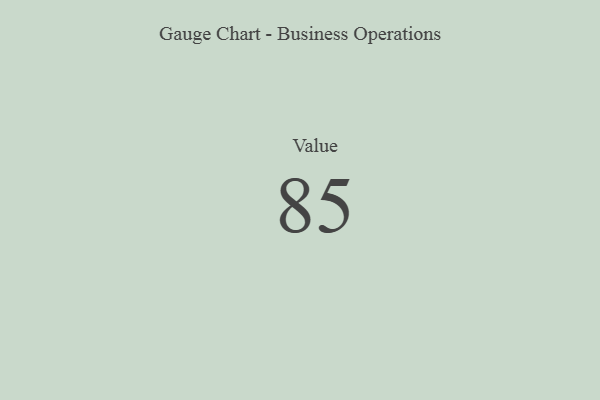
{"axis": {"x": "Metric", "y": "Value"}, "legend": [""], "data": [{"x": "Value", "y": 85, "type": ""}]}